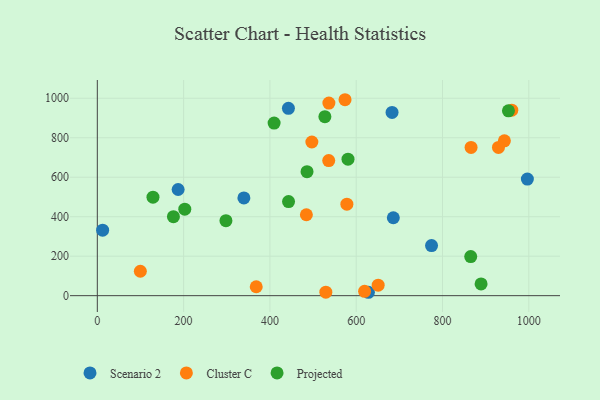
{"axis": {"x": "Distance", "y": "Rating"}, "legend": ["Cluster C", "Projected", "Scenario 2"], "data": [{"x": "442.9", "y": 949.0, "type": "Scenario 2"}, {"x": "339.7", "y": 495.2, "type": "Scenario 2"}, {"x": "686.0", "y": 394.6, "type": "Scenario 2"}, {"x": "683.1", "y": 928.1, "type": "Scenario 2"}, {"x": "12.3", "y": 332.0, "type": "Scenario 2"}, {"x": "996.7", "y": 590.8, "type": "Scenario 2"}, {"x": "187.3", "y": 537.9, "type": "Scenario 2"}, {"x": "628.3", "y": 17.2, "type": "Scenario 2"}, {"x": "774.6", "y": 253.8, "type": "Scenario 2"}, {"x": "497.2", "y": 778.5, "type": "Cluster C"}, {"x": "650.9", "y": 53.0, "type": "Cluster C"}, {"x": "484.5", "y": 409.9, "type": "Cluster C"}, {"x": "943.4", "y": 784.4, "type": "Cluster C"}, {"x": "536.3", "y": 684.5, "type": "Cluster C"}, {"x": "578.4", "y": 463.7, "type": "Cluster C"}, {"x": "929.7", "y": 751.1, "type": "Cluster C"}, {"x": "536.7", "y": 975.5, "type": "Cluster C"}, {"x": "619.4", "y": 22.2, "type": "Cluster C"}, {"x": "960.6", "y": 939.9, "type": "Cluster C"}, {"x": "368.3", "y": 45.3, "type": "Cluster C"}, {"x": "529.6", "y": 17.5, "type": "Cluster C"}, {"x": "99.7", "y": 123.8, "type": "Cluster C"}, {"x": "866.2", "y": 751.1, "type": "Cluster C"}, {"x": "574.1", "y": 992.6, "type": "Cluster C"}, {"x": "581.0", "y": 691.5, "type": "Projected"}, {"x": "952.8", "y": 936.5, "type": "Projected"}, {"x": "865.4", "y": 198.2, "type": "Projected"}, {"x": "409.7", "y": 874.2, "type": "Projected"}, {"x": "129.0", "y": 499.2, "type": "Projected"}, {"x": "889.4", "y": 59.5, "type": "Projected"}, {"x": "527.4", "y": 906.5, "type": "Projected"}, {"x": "486.0", "y": 627.9, "type": "Projected"}, {"x": "298.1", "y": 379.7, "type": "Projected"}, {"x": "202.7", "y": 438.1, "type": "Projected"}, {"x": "176.4", "y": 400.3, "type": "Projected"}, {"x": "443.2", "y": 476.5, "type": "Projected"}]}